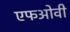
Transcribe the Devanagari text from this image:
एफओवी